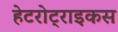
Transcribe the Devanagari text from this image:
हेटरोट्राइकस